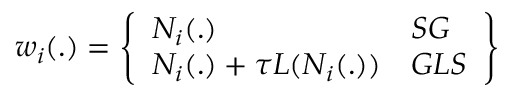
w _ { i } ( . ) = \left\lbrace \begin{array} { l l } { N _ { i } ( . ) } & { S G } \\ { N _ { i } ( . ) + \tau L ( N _ { i } ( . ) ) } & { G L S } \end{array} \right\rbrace